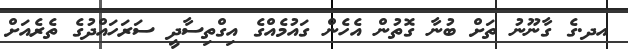
އދ.ގެ ގާނޫނު ތަށް ބުނާ ގޮތުން އެހެން ގައުމެއްގެ އިގްތިސާދީ ސަރަހައްދުގެ ތެރެއަށް